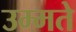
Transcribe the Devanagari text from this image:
उम्मते